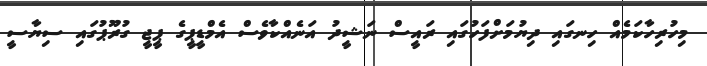
މިހުރިހާކަމެއް ހިނގައި ދިޔުމަށްފަހުގައި ރައީސް ނަޝީދު އަނެއްކާވެސް އެމްޑީޕީގެ ޕީޖީ ގުރޫޕުގައި ސިޔާސީ